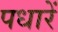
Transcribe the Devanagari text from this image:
पधारें